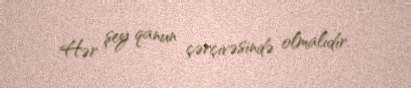
Hər şey qanun çərçivəsində olmalıdır.